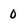
Character: 0